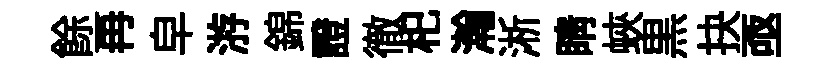
餘再皁㳺錦證徹𣏌瀚淅睛蛺黒抉亟